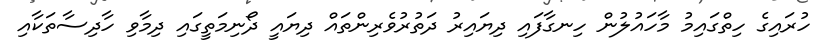
ހުރައިގެ ހިތްގައިމު މާހައުލުން ހިނގާފައި ދިޔައިރު ދަތުރުވެރިންތައް ދިޔައީ ދޯނިމަތީގައި ދިމާވި ހާދިސާތަކާއި